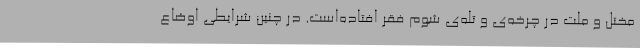
مختل و ملت در چرخه‌ی و تله‌ی شوم فقر افتاده‌است. در چنین شرایطی اوضاع